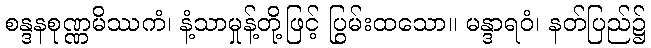
စန္ဒနစုဏ္ဏမိဿကံ၊ နံ့သာမှုန့်တို့ဖြင့် ပြွမ်းထသော။ မန္ဒာရဝံ၊ နတ်ပြည်၌